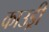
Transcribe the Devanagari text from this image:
काउड्री